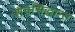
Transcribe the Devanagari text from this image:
शैवसिद्धान्त